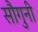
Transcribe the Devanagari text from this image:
सौगुनी